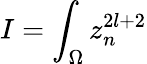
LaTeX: I=\int_{\Omega}z_{n}^{2l+2}